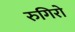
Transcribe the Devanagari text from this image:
रुगिरो